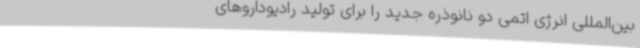
بین‌المللی انرژی اتمی دو نانوذره جدید را برای تولید رادیوداروهای